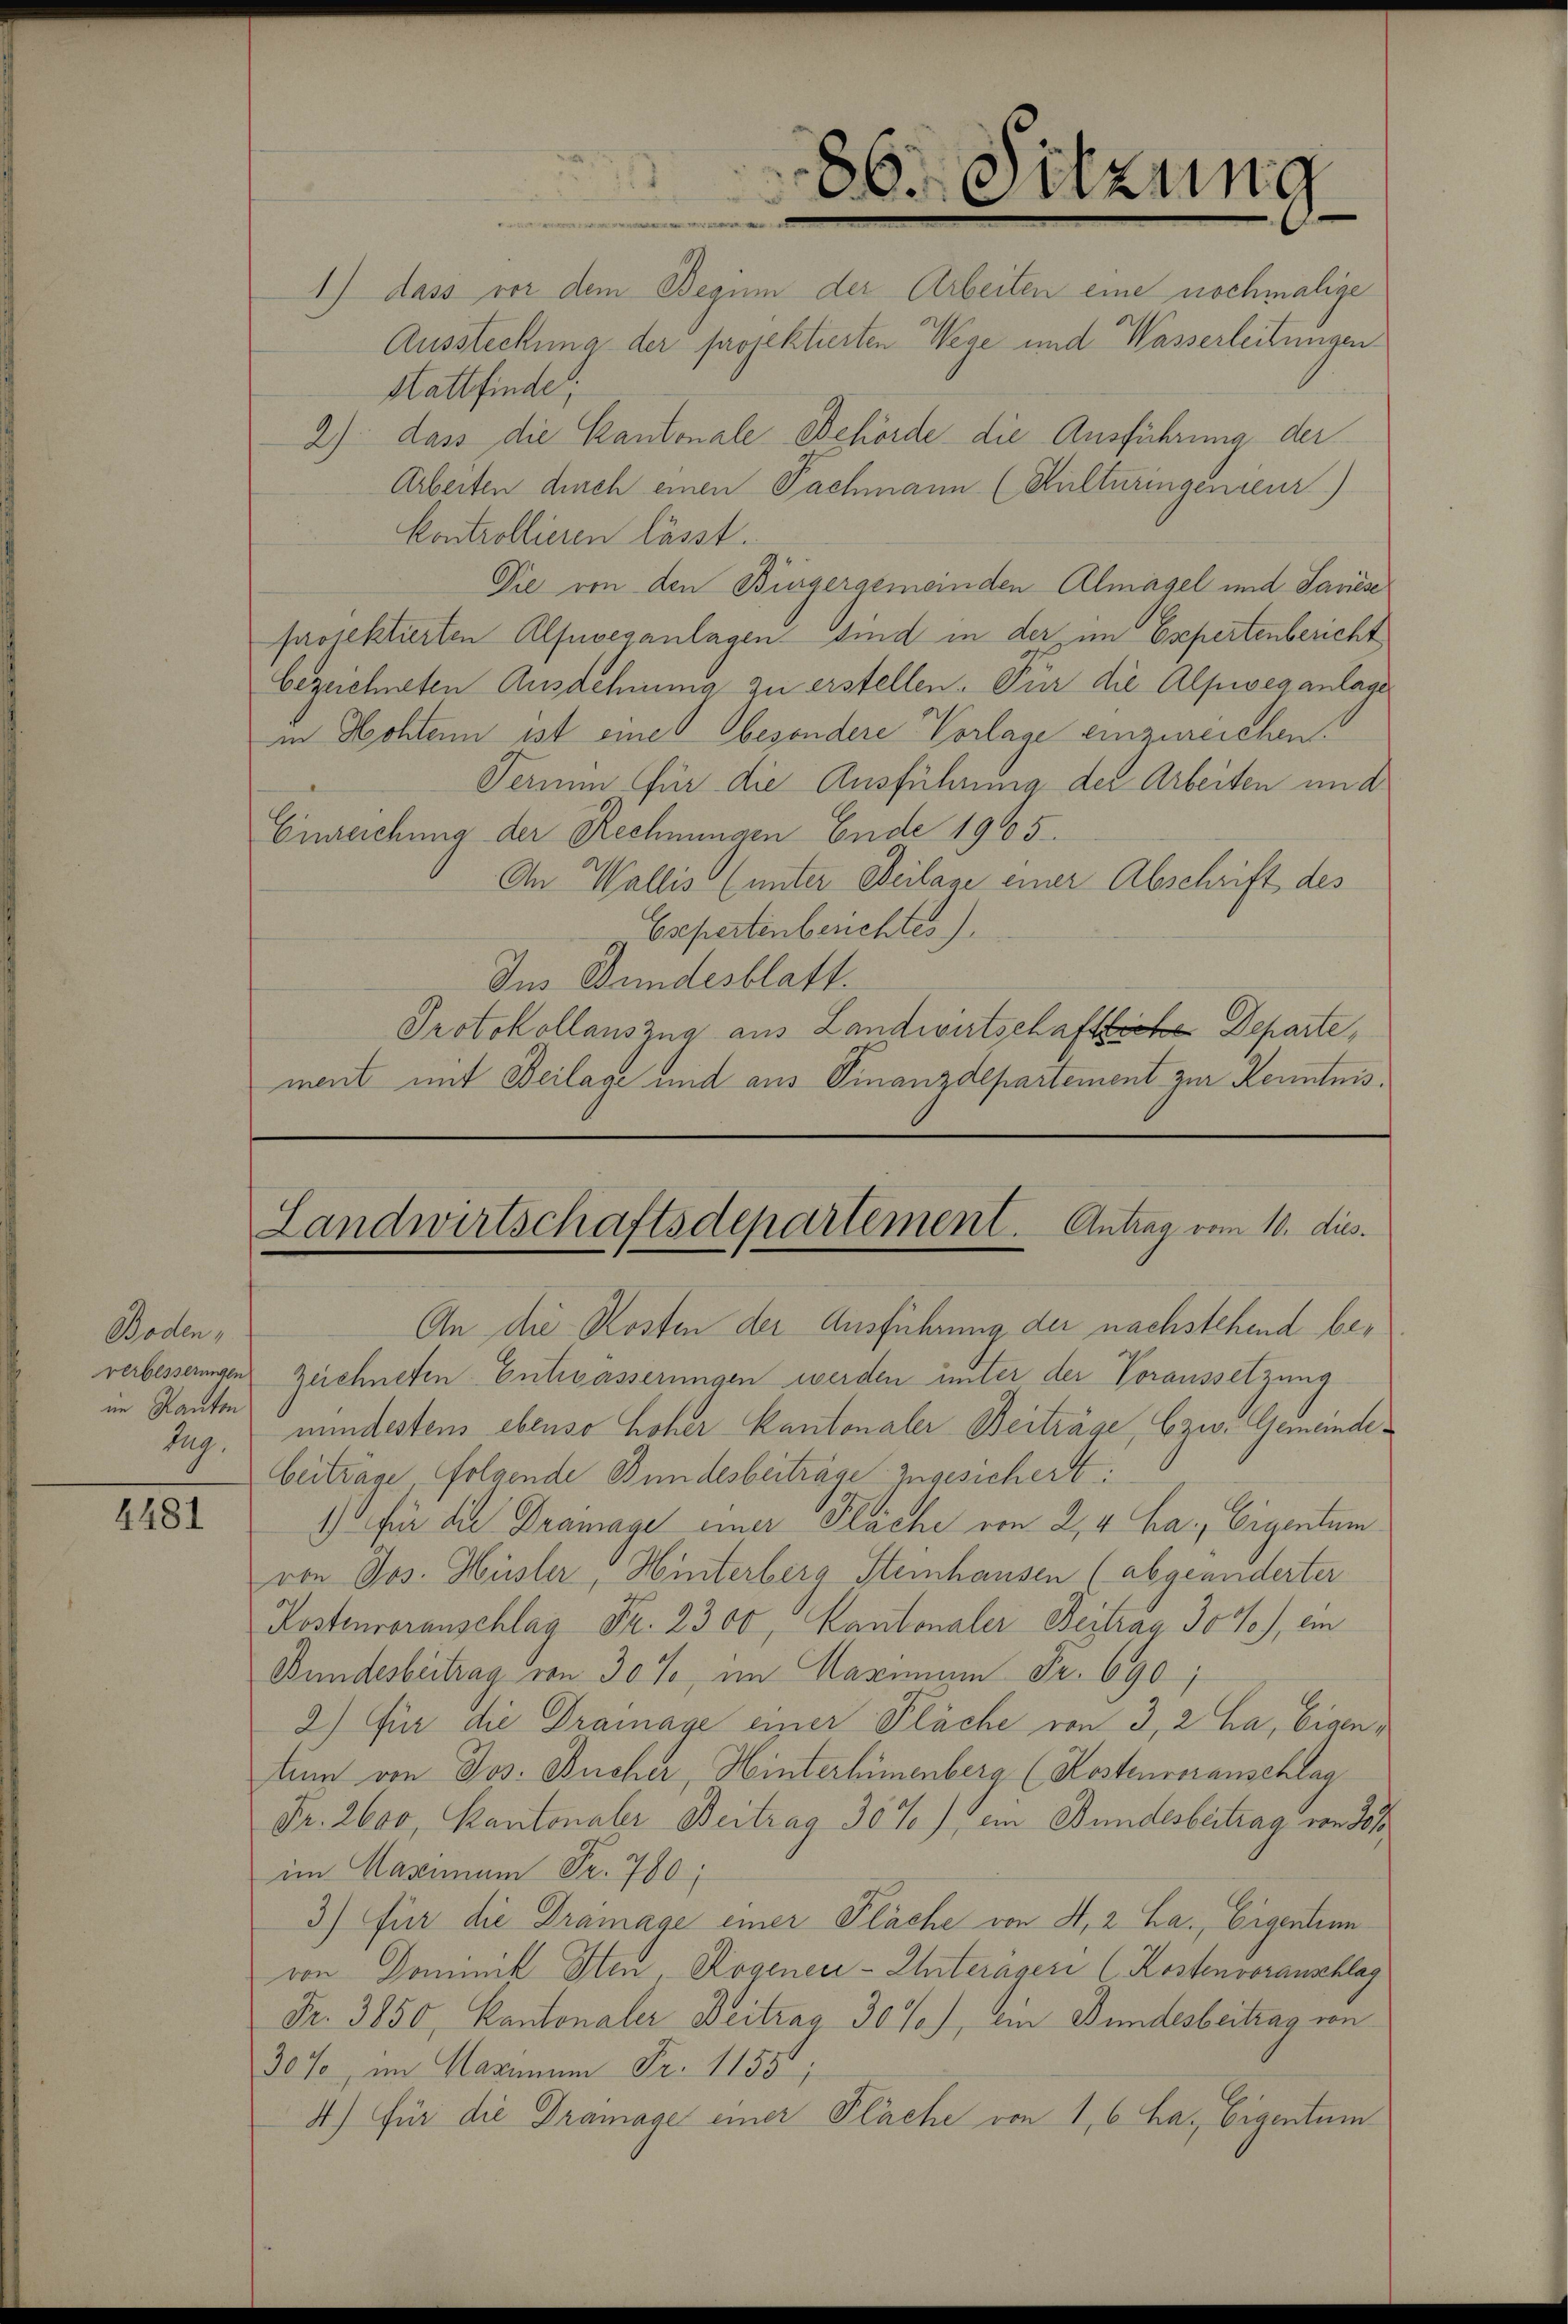
Boden,
verbesserungen
ine Kanton
Zug.

4481

86. Sitzung
e

1) dass vor dem Beginn der Arbeiten eine nochmalige
Aussteckung der projektierten Wege und Wasserleitungen
Stattfinde;
2) dass die Kantonale Behörde die Ausführung der
Arbeiten durch einen Fachmann (Kulturingenieur)
kontrollieren lässt.
Die von den Bürgergemeinden Almagel und Sariés
projektierten Alfuvesanlagen sind in der im Esepertenbericht
bezeichneten Ausdehnung zu erstellen. Für die Alpwveganlage
in Hohten ist eine besondere Vorlage einzureichen.
Terium für die Ausführung der Arbeiten und
Einreichung der Rechnungen Ende 1905.
An Wallis (unter Beilage einer Abschrift des
8 Expertenberichtes).
Ins Bundesblatt.
Protokollauszug aus Landwirtschaftliche Departe
ment mit Beilage und aus Finanzdepartement zur Kenntnis¬

Landwirtschaftsdepartement. Antrag vom 10. dies.

An die Kosten der Ausführung der nachstehend be¬
Zeichneten Entwässerungen werden unter der Voraussetzung
mindestens ebenso hoher Kantonaler Beiträge, bzw. Gemeinde¬
Beiträge folgende Bundesbeiträge zugesichert:
1) für die Dramage einer Fläche von 2, 4 ha, Eigentum
von Jos. Hüsler, Hinterberg Steinhausen (abgeänderter
Kostenvoranschlag Fr. 2300, Kantonaler Beitrag Joso), ein
Bundesbetrag von 30% im Garmiun Fr. 690;
2) Für die Dramage einer Pläche von 3, 2 ha, Eigentum von Jos. Bücher, Hinterlinenberg (Kostenvoranschlag
Fr. 2600, Kantonaler Beitrag 30%), ein Bundesbeitrag von 20/
im Massnnum Fr. 780;
3) für die Dramage einer Pläche von H, 2 La. Eigentum
von Dominik Iten, Rogenei-Unterageri (Kostenvoranschlag
Fr. 3850, Kantonaler Beitrag 30%), ein Bundesbeitrag von
30%, im Maximum Fr. 1155;
4.) Für die Dramage einer Pläche von 16 ha. Eigentum